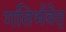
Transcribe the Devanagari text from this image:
गतिर्भवेत्